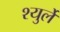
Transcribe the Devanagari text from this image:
श्युर्ले